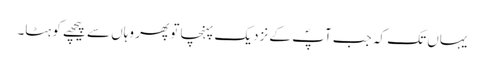
یہاں تک کہ جب آپؐ کے نزدیک پہنچا تو پھر وہاں سے پیچھے کو ہٹا۔